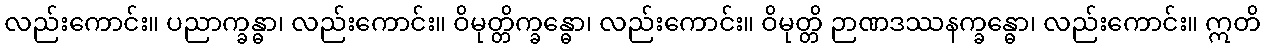
လည်းကောင်း။ ပညာက္ခန္ဓာ၊ လည်းကောင်း။ ဝိမုတ္တိက္ခန္ဓော၊ လည်းကောင်း။ ဝိမုတ္တိ ဉာဏဒဿနက္ခန္ဓော၊ လည်းကောင်း။ ဣတိ